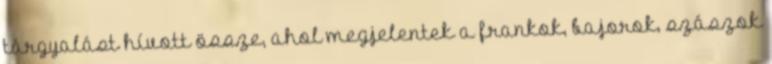
tárgyalást hívott össze, ahol megjelentek a frankok, bajorok, szászok